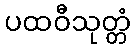
ပထဝီသုတ္တံ